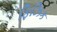
ફિઝિક